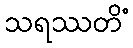
သရဿတိံ